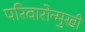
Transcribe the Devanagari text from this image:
परिवारोन्मुखी